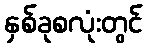
နှစ်ခုစလုံးတွင်